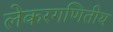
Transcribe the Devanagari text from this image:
लेकरगणितीय